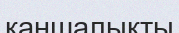
каншалықты